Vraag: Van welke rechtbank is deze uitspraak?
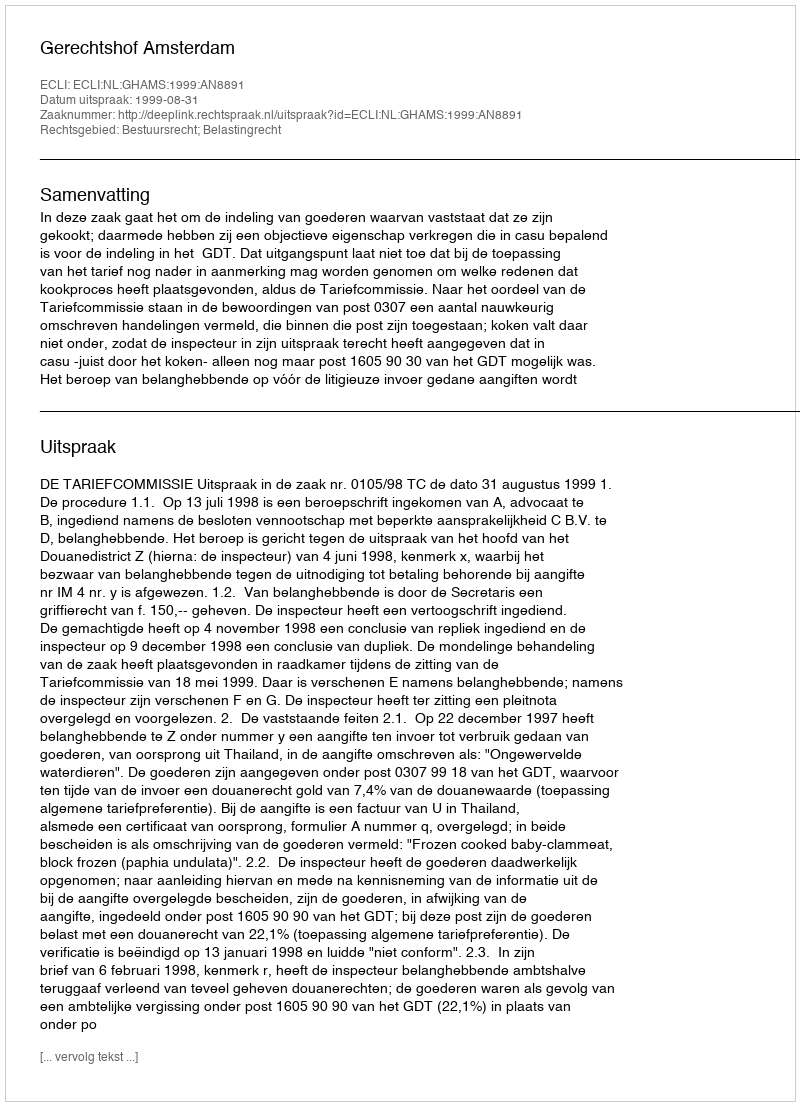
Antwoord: Gerechtshof Amsterdam